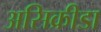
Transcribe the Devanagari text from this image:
असिक्रीडा